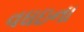
વઘઇના